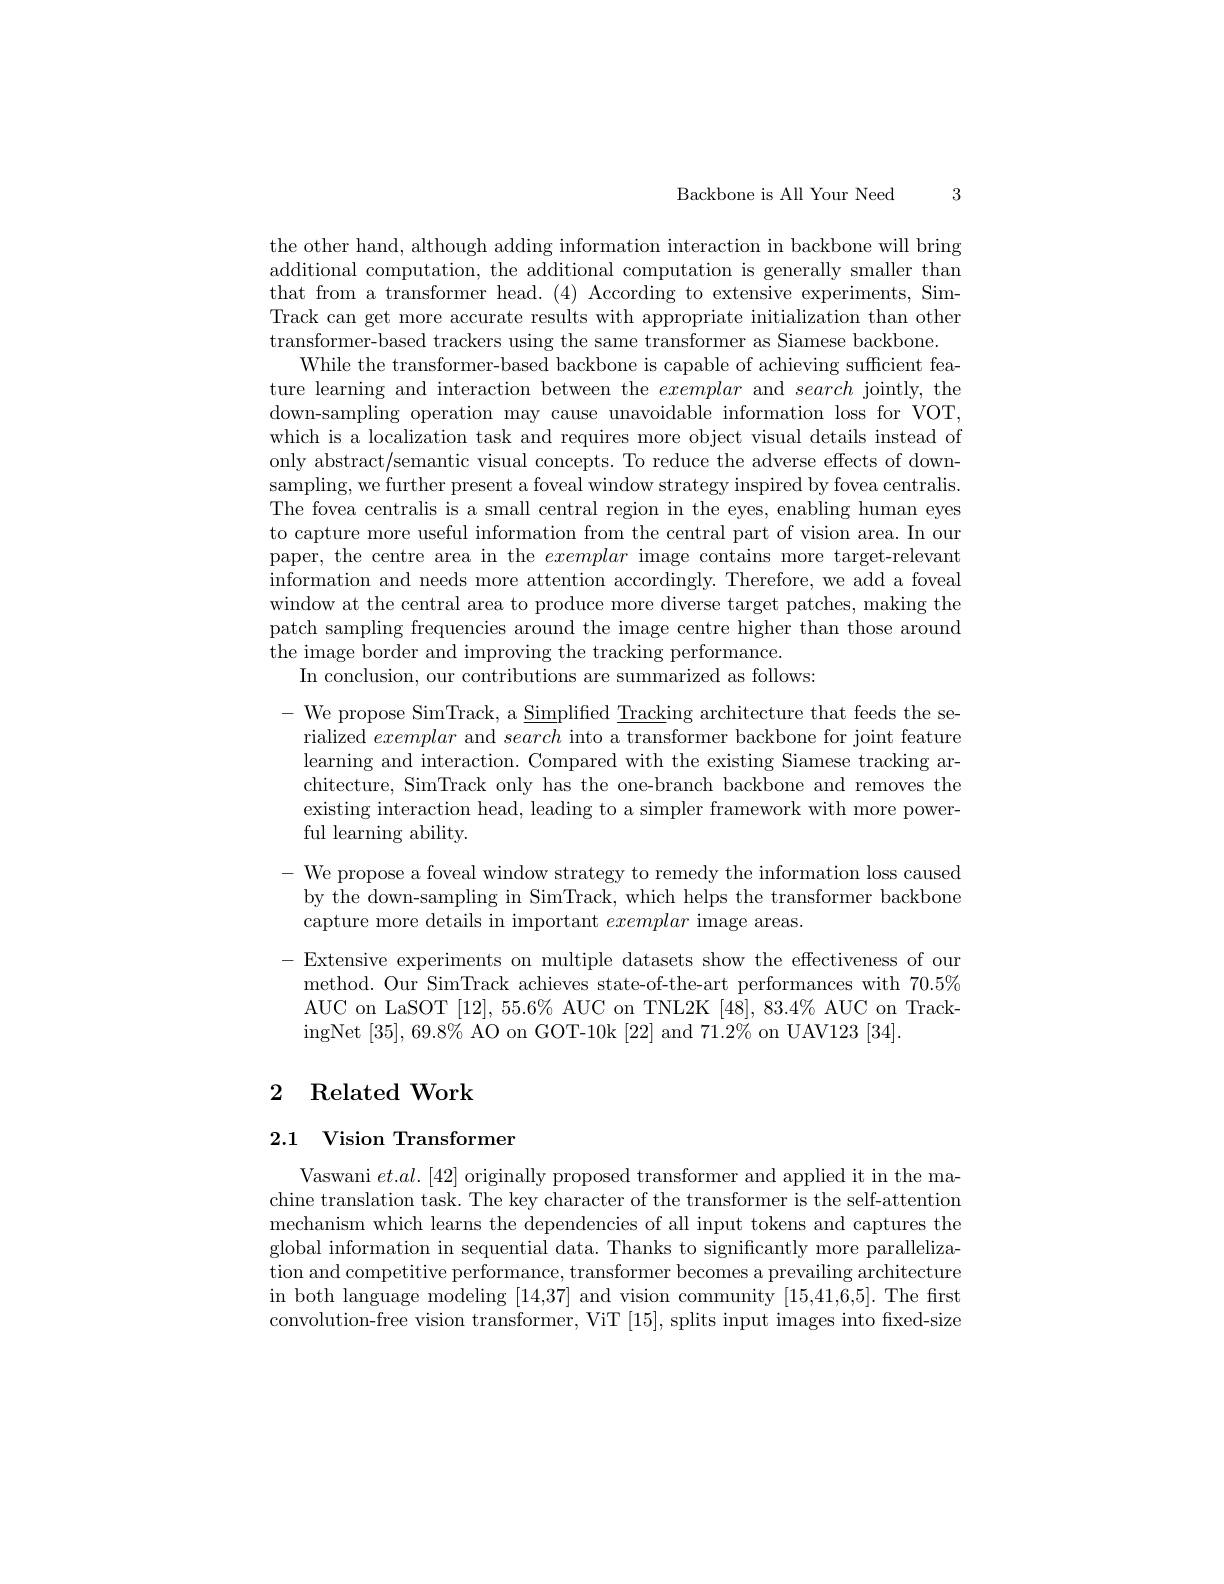
Backbone is All Your Need

3

the other hand, although adding information interaction in backbone will bring additional computation, the additional computation is generally smaller than that from a transformer head. (4) According to extensive experiments, SimTrack can get more accurate results with appropriate initialization than other transformer-based trackers using the same transformer as Siamese backbone.
While the transformer-based backbone is capable of achieving sufficient feature learning and interaction between the exemplar and search jointly, the down-sampling operation may cause unavoidable information loss for VOT, which is a localization task and requires more object visual details instead of only abstract/semantic visual concepts. To reduce the adverse effects of downsampling, we further present a foveal window strategy inspired by fovea centralis. The fovea centralis is a small central region in the eyes, enabling human eyes to capture more useful information from the central part of vision area. In our paper, the centre area in the exemplar image contains more target-relevant information and needs more attention accordingly. Therefore, we add a foveal window at the central area to produce more diverse target patches, making the patch sampling frequencies around the image centre higher than those around the image border and improving the tracking performance.
In conclusion, our contributions are summarized as follows:

- We propose SimTrack, a Simplified $\underline\text{Track}$ing architecture that feeds the se-
rialized exemplar and search into a transformer backbone for joint feature learning and interaction. Compared with the existing Siamese tracking architecture, SimTrack only has the one-branch backbone and removes the existing interaction head, leading to a simpler framework with more powerful learning ability.

$-{\mathrm{~We~propose~a~foveal~window~strategy~to~remedy~the~information~loss~caused}}$
by the down-sampling in SimTrack, which helps the transformer backbone
capture more details in important exemplar image areas.

- Extensive experiments on multiple datasets show the effectiveness of our method. Our SimTrack achieves state-of-the-art performances with $70.5\%$ AUC on LaSOT [12], 55.6% AUC on TNL2K [48], 83.4% AUC on TrackingNet $[35],69.8\%$ AO on GOT-10k [22] and $71.2\%$ on UAV123 [34].

# 2 Related Work

# 2.1 Vision Transformer

Vaswani $et.al.[42]$ originally proposed transformer and applied it in the machine translation task. The key character of the transformer is the self-attention mechanism which learns the dependencies of all input tokens and captures the global information in sequential data. Thanks to significantly more parallelization and competitive performance, transformer becomes a prevailing architecture in both language modeling [14,37] and vision community [15,41,6,5]. The frst convolution-free vision transformer, ViT [15],splits input images into fixed-size